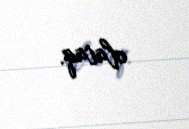
olacaq.